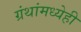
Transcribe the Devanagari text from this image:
ग्रंथांमध्येही